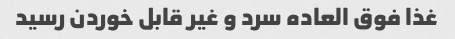
غذا فوق العاده سرد و غیر قابل خوردن رسید